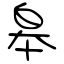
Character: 皋